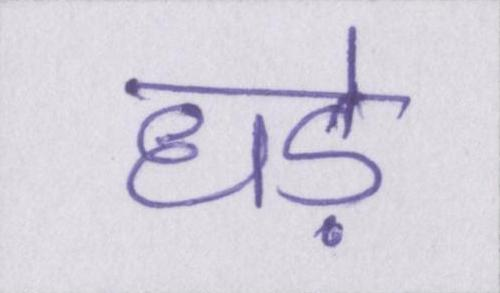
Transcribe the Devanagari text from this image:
धड़े